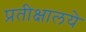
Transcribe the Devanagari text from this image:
प्रतीक्षालये